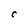
Character: C